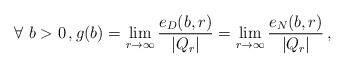
\begin{align*}\forall~b>0\,,g(b)=\lim_{r\to\infty}\frac{e_D(b,r)}{|Q_r|}=\lim_{r\to\infty}\frac{e_N(b,r)}{|Q_r|}\,,\end{align*}